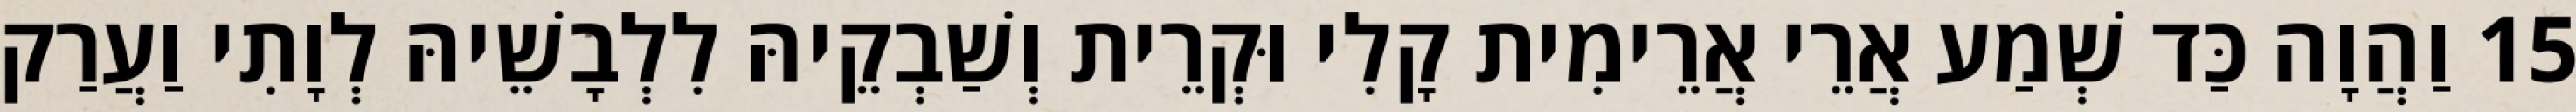
15 וַהֲוָה כַּד שְׁמַע אֲרֵי אֲרֵימִית קָלִי וּקְרֵית וְשַׁבְקֵיהּ לִלְבָשֵׁיהּ לְוָתִי וַעֲרַק